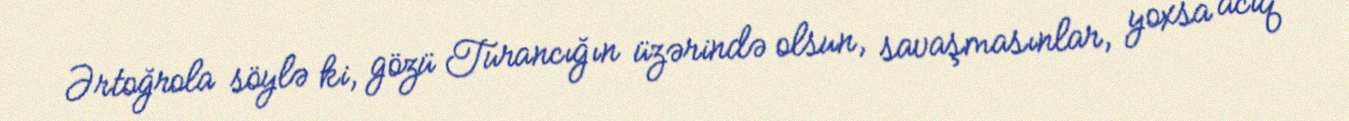
Ərtoğrola söylə ki, gözü Turancığın üzərində olsun, savaşmasınlar, yoxsa acıq